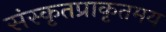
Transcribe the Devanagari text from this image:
संस्कृतप्राकृतमय